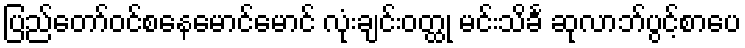
ပြည်တော်ဝင်စနေမောင်မောင် လုံးချင်းဝတ္ထု မင်းသိင်္ခ ဆုလာဘ်ပွင့်စာပေ